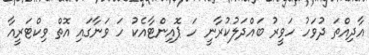
އާދިއްތަ ދުވަހު ހަވީރު ބައްދަލުކުރާނީ ހަ ޕޮއިންޓާއެކު ހަ ވަނާގައި އޮތް ވިކްޓަރީއާ